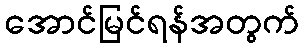
အောင်မြင်ရန်အတွက်